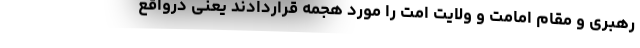
رهبری و مقام امامت و ولایت امت را مورد هجمه قراردادند یعنی درواقع